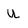
Character: U